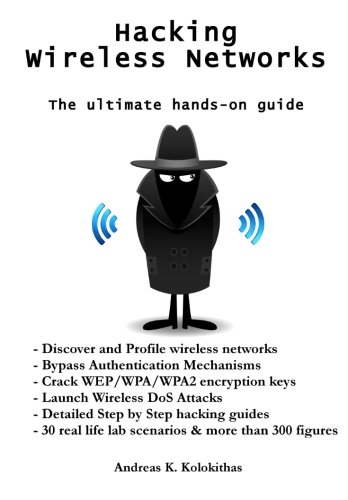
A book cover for Hacking Wireless Networks - The ultimate hands-on guide; Mr Andreas Kolokithas; Computers & Technology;